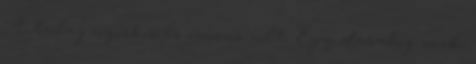
A talaj nyirkos és csúszós volt. Egy darabig csak